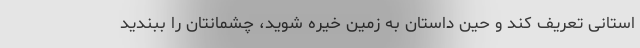
استانی تعریف کند و حین داستان به زمین خیره شوید، چشمانتان را ببندید